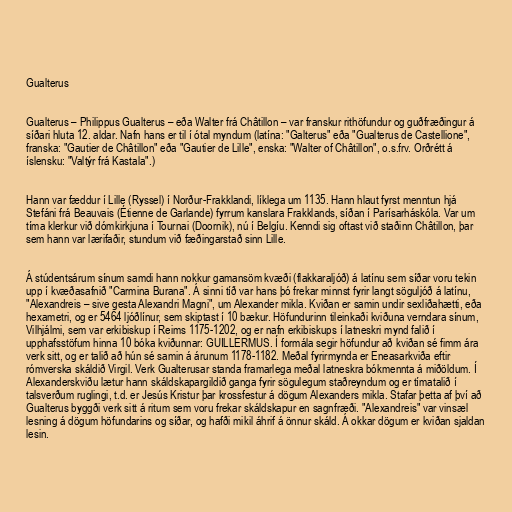
Gualterus

Gualterus – Philippus Gualterus – eða Walter frá Châtillon – var franskur rithöfundur og guðfræðingur á
síðari hluta 12. aldar. Nafn hans er til í ótal myndum (latína: "Galterus" eða "Gualterus de Castellione",
franska: "Gautier de Châtillon" eða "Gautier de Lille", enska: "Walter of Châtillon", o.s.frv. Orðrétt á
íslensku: "Valtýr frá Kastala".)

Hann var fæddur í Lille (Ryssel) í Norður-Frakklandi, líklega um 1135. Hann hlaut fyrst menntun hjá
Stefáni frá Beauvais (Étienne de Garlande) fyrrum kanslara Frakklands, síðan í Parísarháskóla. Var um
tíma klerkur við dómkirkjuna í Tournai (Doornik), nú í Belgíu. Kenndi sig oftast við staðinn Châtillon, þar
sem hann var lærifaðir, stundum við fæðingarstað sinn Lille.

Á stúdentsárum sínum samdi hann nokkur gamansöm kvæði (flakkaraljóð) á latínu sem síðar voru tekin
upp í kvæðasafnið "Carmina Burana". Á sinni tíð var hans þó frekar minnst fyrir langt söguljóð á latínu,
"Alexandreis – sive gesta Alexandri Magni", um Alexander mikla. Kviðan er samin undir sexliðahætti, eða
hexametri, og er 5464 ljóðlínur, sem skiptast í 10 bækur. Höfundurinn tileinkaði kviðuna verndara sínum,
Vilhjálmi, sem var erkibiskup í Reims 1175-1202, og er nafn erkibiskups í latneskri mynd falið í
upphafsstöfum hinna 10 bóka kviðunnar: GUILLERMUS. Í formála segir höfundur að kviðan sé fimm ára
verk sitt, og er talið að hún sé samin á árunum 1178-1182. Meðal fyrirmynda er Eneasarkviða eftir
rómverska skáldið Virgil. Verk Gualterusar standa framarlega meðal latneskra bókmennta á miðöldum. Í
Alexanderskviðu lætur hann skáldskapargildið ganga fyrir sögulegum staðreyndum og er tímatalið í
talsverðum ruglingi, t.d. er Jesús Kristur þar krossfestur á dögum Alexanders mikla. Stafar þetta af því að
Gualterus byggði verk sitt á ritum sem voru frekar skáldskapur en sagnfræði. "Alexandreis" var vinsæl
lesning á dögum höfundarins og síðar, og hafði mikil áhrif á önnur skáld. Á okkar dögum er kviðan sjaldan
lesin.